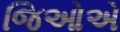
જિઓએ